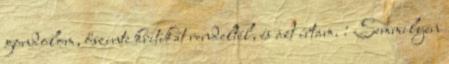
gondolom, őszinte kritikát rendeltél, és azt írtam. : Semmilyen